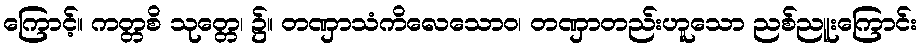
ကြောင့်။ ကတ္တစိ သုတ္တေ၊ ၌။ တဏှာသံကိလေသောဝ၊ တဏှာတည်းဟူသော ညစ်ညူးကြောင်း